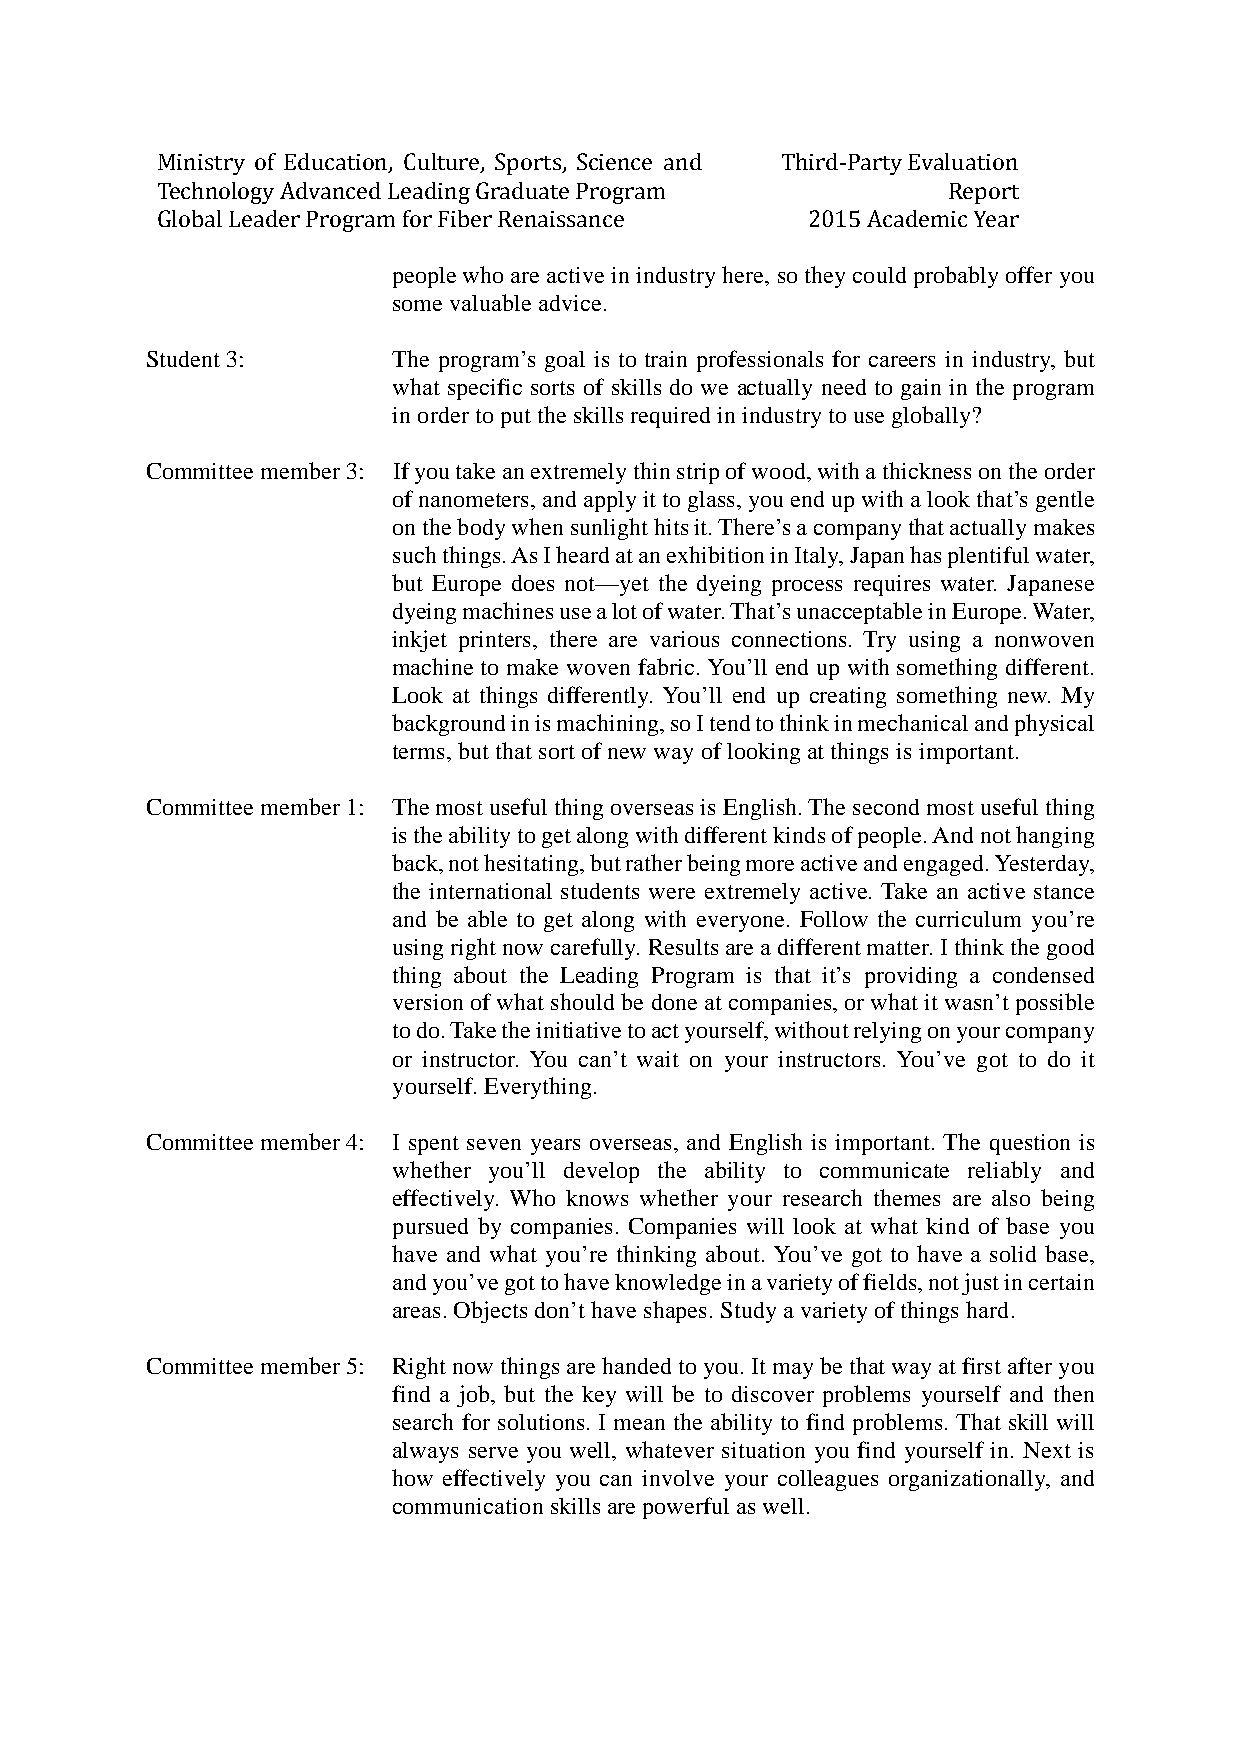
Ministry of Education, Culture, Sports, Science and Third-Party Evaluation
 Technology Advanced Leading Graduate Program         Report
 Global Leader Program for Fiber Renaissance 2015 Academic Year
 people who are active in industry here, so they could probably offer you
 some valuable advice.
 Student 3:      The program’s goal is to train professionals for careers in industry, but
 what specific sorts of skills do we actually need to gain in the program
 in order to put the skills required in industry to use globally?
 Committee member 3: If you take an extremely thin strip of wood, with a thickness on the order
 of nanometers, and apply it to glass, you end up with a look that’s gentle
 on the body when sunlight hits it. There’s a company that actually makes
 such things. As I heard at an exhibition in Italy, Japan has plentiful water,
 but Europe does not—yet the dyeing process requires water. Japanese
 dyeing machines use a lot of water. That’s unacceptable in Europe. Water,
 inkjet printers, there are various connections. Try using a nonwoven
 machine to make woven fabric. You’ll end up with something different.
 Look at things differently. You’ll end up creating something new. My
 background in is machining, so I tend to think in mechanical and physical
 terms, but that sort of new way of looking at things is important.
 Committee member 1: The most useful thing overseas is English. The second most useful thing
 is the ability to get along with different kinds of people. And not hanging
 back, not hesitating, but rather being more active and engaged. Yesterday,
 the international students were extremely active. Take an active stance
 and be able to get along with everyone. Follow the curriculum you’re
 using right now carefully. Results are a different matter. I think the good
 thing about the Leading Program is that it’s providing a condensed
 version of what should be done at companies, or what it wasn’t possible
 to do. Take the initiative to act yourself, without relying on your company
 or instructor. You can’t wait on your instructors. You’ve got to do it
 yourself. Everything.
 Committee member 4: I spent seven years overseas, and English is important. The question is
 whether you’ll develop the ability to communicate reliably and
 effectively. Who knows whether your research themes are also being
 pursued by companies. Companies will look at what kind of base you
 have and what you’re thinking about. You’ve got to have a solid base,
 and you’ve got to have knowledge in a variety of fields, not just in certain
 areas. Objects don’t have shapes. Study a variety of things hard.
 Committee member 5: Right now things are handed to you. It may be that way at first after you
 find a job, but the key will be to discover problems yourself and then
 search for solutions. I mean the ability to find problems. That skill will
 always serve you well, whatever situation you find yourself in. Next is
 how effectively you can involve your colleagues organizationally, and
 communication skills are powerful as well.